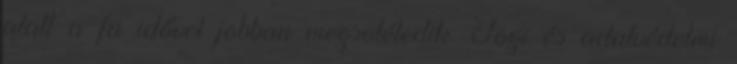
alatt a fa idővel jobban megsötétedik. Jogi és adatvédelmi